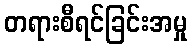
တရားစီရင်ခြင်းအမှု